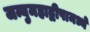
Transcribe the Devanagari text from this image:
जम्बुमहाद्वीपामध्ये